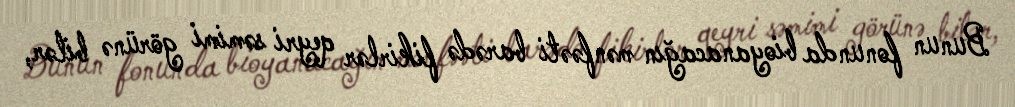
Bunun fonunda bioyanacağın mənfəəti barədə fikirlər qeyri səmimi görünə bilər,